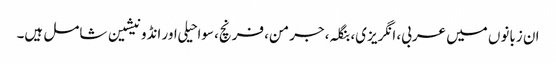
ان زبانوں میں عربی، انگریزی، بنگلہ، جرمن، فرنچ، سواحیلی اور انڈونیشین شامل ہیں۔